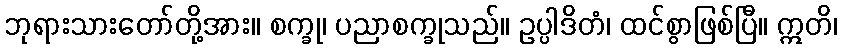
ဘုရားသားတော်တို့အား။ စက္ခု၊ ပညာစက္ခုသည်။ ဥပ္ပါဒိတံ၊ ထင်စွာဖြစ်ပြီ။ ဣတိ၊